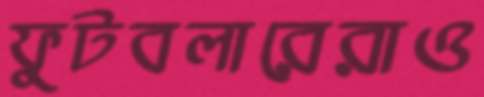
ফুটবলারেরাও